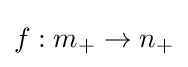
f:m_{+}\to n_{+}